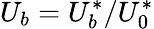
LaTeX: U_{b}=U_{b}^{*}/U_{0}^{*}